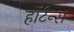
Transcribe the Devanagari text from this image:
हॉर्टन्स